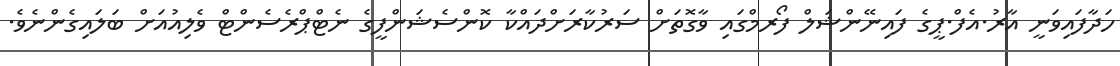
ހަދާފައިވަނީ އާރު.އެފް.ޕީގެ ފައިނޭންޝަލް ފޯރމްގައި ވާގޮތަށް ސަރުކާރަށްދައްކާ ކޮންސެޝަންފީގެ ނެޓްޕްރެސެންޓް ވެލިއުއަށް ބަލައިގެންނެވެ.